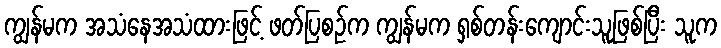
ကျွန်မက အသံနေအသံထားဖြင့် ဖတ်ပြစဉ်က ကျွန်မက ရှစ်တန်းကျောင်းသူဖြစ်ပြီး သူက